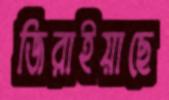
জিরাইয়াছে